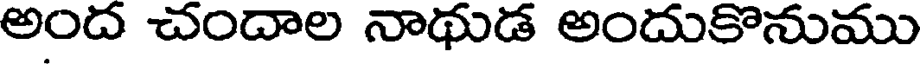
అంద చందాల నాథుడ అందుకొనుము